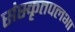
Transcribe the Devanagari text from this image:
संस्कृतपलभा